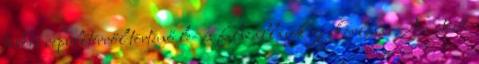
tábori repülőtérről történő le- és felszállások gyakorlása. Az utóbbi